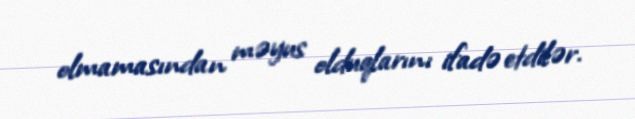
olmamasından məyus olduqlarını ifadə etdilər.